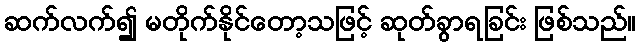
ဆက်လက်၍ မတိုက်နိုင်တော့သဖြင့် ဆုတ်ခွာရခြင်း ဖြစ်သည်။